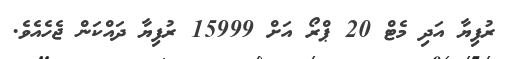
ރުފިޔާ އަދި މެޓް 20 ޕްރޯ އަށް 15999 ރުފިޔާ ދައްކަން ޖެހެއެވެ.